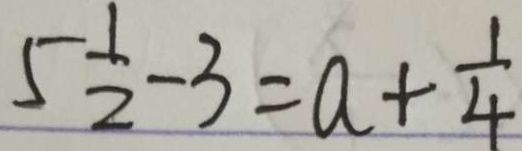
5 \frac { 1 } { 2 } - 3 = a + \frac { 1 } { 4 }